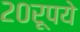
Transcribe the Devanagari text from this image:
२०रूपये